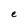
Character: e